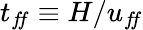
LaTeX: t_{f\! f}\equiv H/u_{f\! f}